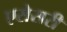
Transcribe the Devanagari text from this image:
एसेसरी